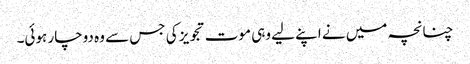
چنانچہ میں نے اپنے لیے وہی موت تجویز کی جس سے وہ دوچار ہوئی۔